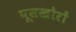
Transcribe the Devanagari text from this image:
घूसखोरों